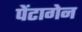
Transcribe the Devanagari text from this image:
पेंटागेन